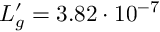
L _ { g } ^ { \prime } = 3 . 8 2 \cdot 1 0 ^ { - 7 }